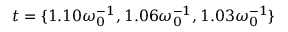
t = \lbrace { 1 . 1 0 \omega _ { 0 } ^ { - 1 } , 1 . 0 6 \omega _ { 0 } ^ { - 1 } , 1 . 0 3 \omega _ { 0 } ^ { - 1 } \rbrace }